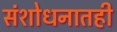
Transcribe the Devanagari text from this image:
संशोधनातही